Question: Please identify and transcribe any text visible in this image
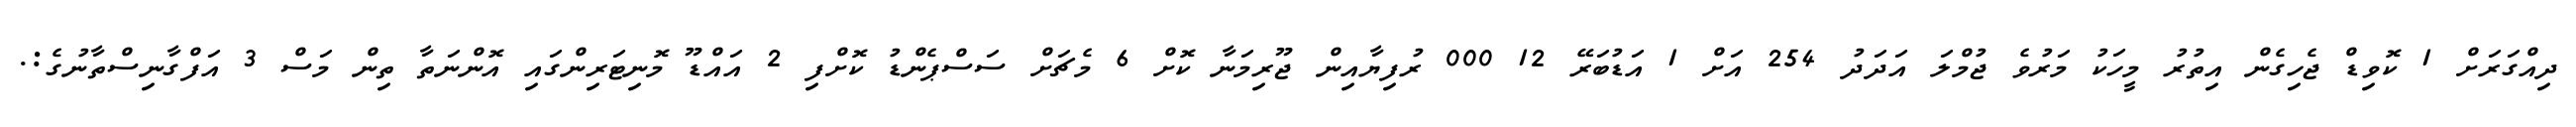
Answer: ދިއްގަރަށް 1 ކޮވިޑް ޖެހިގެން އިތުރު މީހަކު މަރުވެ ޖުމްލަ އަދަދު 254 އަށް 1 އަޑުބަރޭ 12 000 ރުފިޔާއިން ޖޫރިމަނާ ކޮށް 6 މެޗަށް ސަސްޕެންޑު ކޮށްފި 2 އައްޑޫ މޮނިޓަރިންގައި އޮންނަތާ ތިން މަސް 3 އަފްގާނިސްތާނުގެ:.